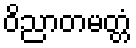
ဝိညာတမတ္တံ